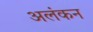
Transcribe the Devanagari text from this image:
अलंकन